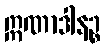
ဣဏာဒါနဉ္စ